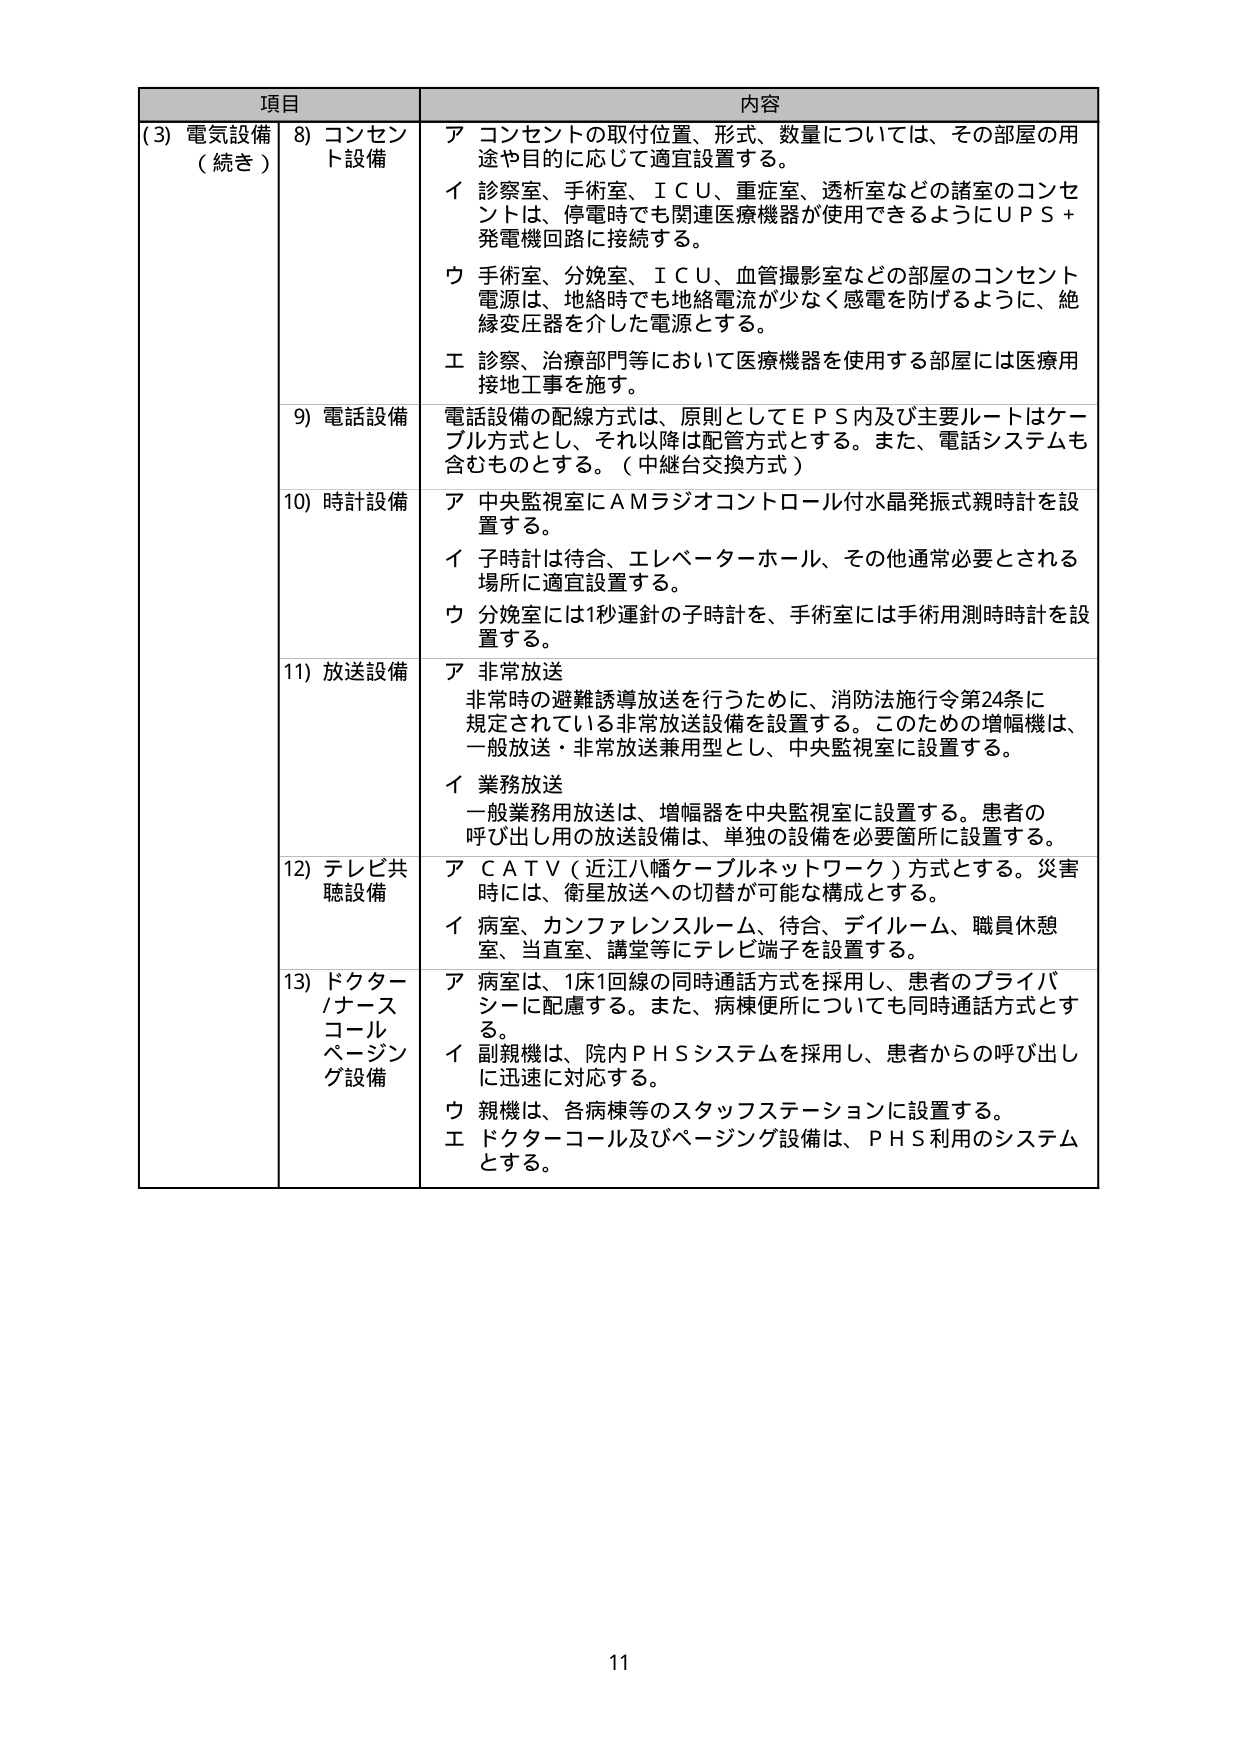
項目 内容
(3) 電気設備 8) コンセント設備 ア コンセントの取付位置、形式、数量については、その部屋の用
（続き） 途や目的に応じて適宜設置する。
イ 診察室、手術室、ＩＣＵ、重症室、透析室などの諸室のコンセ
ントは、停電時でも関連医療機器が使用できるようにＵＰＳ＋
発電機回路に接続する。
ウ 手術室、分娩室、ＩＣＵ、血管撮影室などの部屋のコンセント
電源は、地絡時でも地絡電流が少なく感電を防げるように、絶
縁変圧器を介した電源とする。
エ 診察、治療部門等において医療機器を使用する部屋には医療用
接地工事を施す。
9) 電話設備 電話設備の配線方式は、原則としてＥＰＳ内及び主要ルートはケー
ブル方式とし、それ以降は配管方式とする。また、電話システムも
含むものとする。（中継台交換方式）
10) 時計設備 ア 中央監視室にＡＭラジオコントロール付水晶発振式親時計を設
置する。
イ 子時計は待合、エレベーターホール、その他通常必要とされる
場所に適宜設置する。
ウ 分娩室には1秒運針の子時計を、手術室には手術用測時時計を設
置する。
11) 放送設備 ア 非常放送
非常時の避難誘導放送を行うために、消防法施行令第24条に
規定されている非常放送設備を設置する。このための増幅機は、
一般放送・非常放送兼用型とし、中央監視室に設置する。
イ 業務放送
一般業務用放送は、増幅器を中央監視室に設置する。患者の
呼び出し用の放送設備は、単独の設備を必要箇所に設置する。
12) テレビ共 ア ＣＡＴＶ（近江八幡ケーブルネットワーク）方式とする。災害
聴設備 時には、衛星放送への切替が可能な構成とする。
イ 病室、カンファレンスルーム、待合、デイルーム、職員休憩
室、当直室、講堂等にテレビ端子を設置する。
13) ドクター ア 病室は、1床1回線の同時通話方式を採用し、患者のプライバ
/ナース シーに配慮する。また、病棟便所についても同時通話方式とす
コール る。
ページン イ 副親機は、院内ＰＨＳシステムを採用し、患者からの呼び出し
グ設備 に迅速に対応する。
ウ 親機は、各病棟等のスタッフステーションに設置する。
エ ドクターコール及びページング設備は、ＰＨＳ利用のシステム
とする。
11